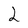
Character: 2